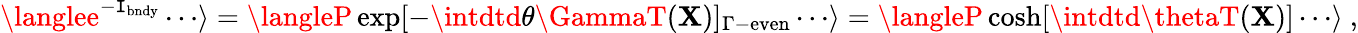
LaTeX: \langlee^{-\mathtt{I}_{\mathrm{{bndy}}}}\cdots\rangle=\langleP\exp[-\intdtd\theta\GammaT({\mathbf{X}})]_{\Gamma-\mathrm{{even}}}\cdots\rangle=\langleP\cosh[\intdtd\thetaT({\mathbf{X}})]\cdots\rangle~,